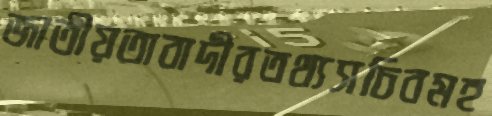
জাতীয়তাবাদীরতথ্যসচিবমহ